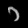
Digit: ၁